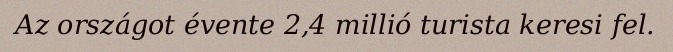
Az országot évente 2,4 millió turista keresi fel.